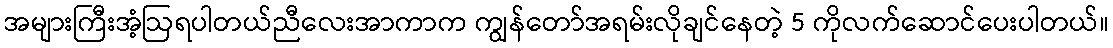
အများကြီးအံ့ဩရပါတယ်ညီလေးအာကာက ကျွန်တော်အရမ်းလိုချင်နေတဲ့ 5 ကိုလက်ဆောင်ပေးပါတယ်။